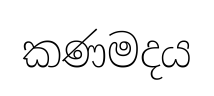
කණමදය